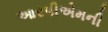
આરપીએમની